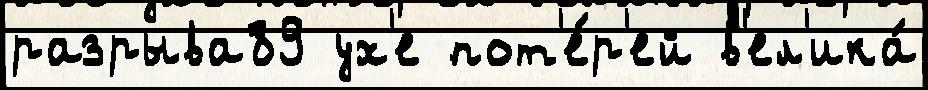
разрыва89 ух'е пот'е́р'ей в'ел'ика́